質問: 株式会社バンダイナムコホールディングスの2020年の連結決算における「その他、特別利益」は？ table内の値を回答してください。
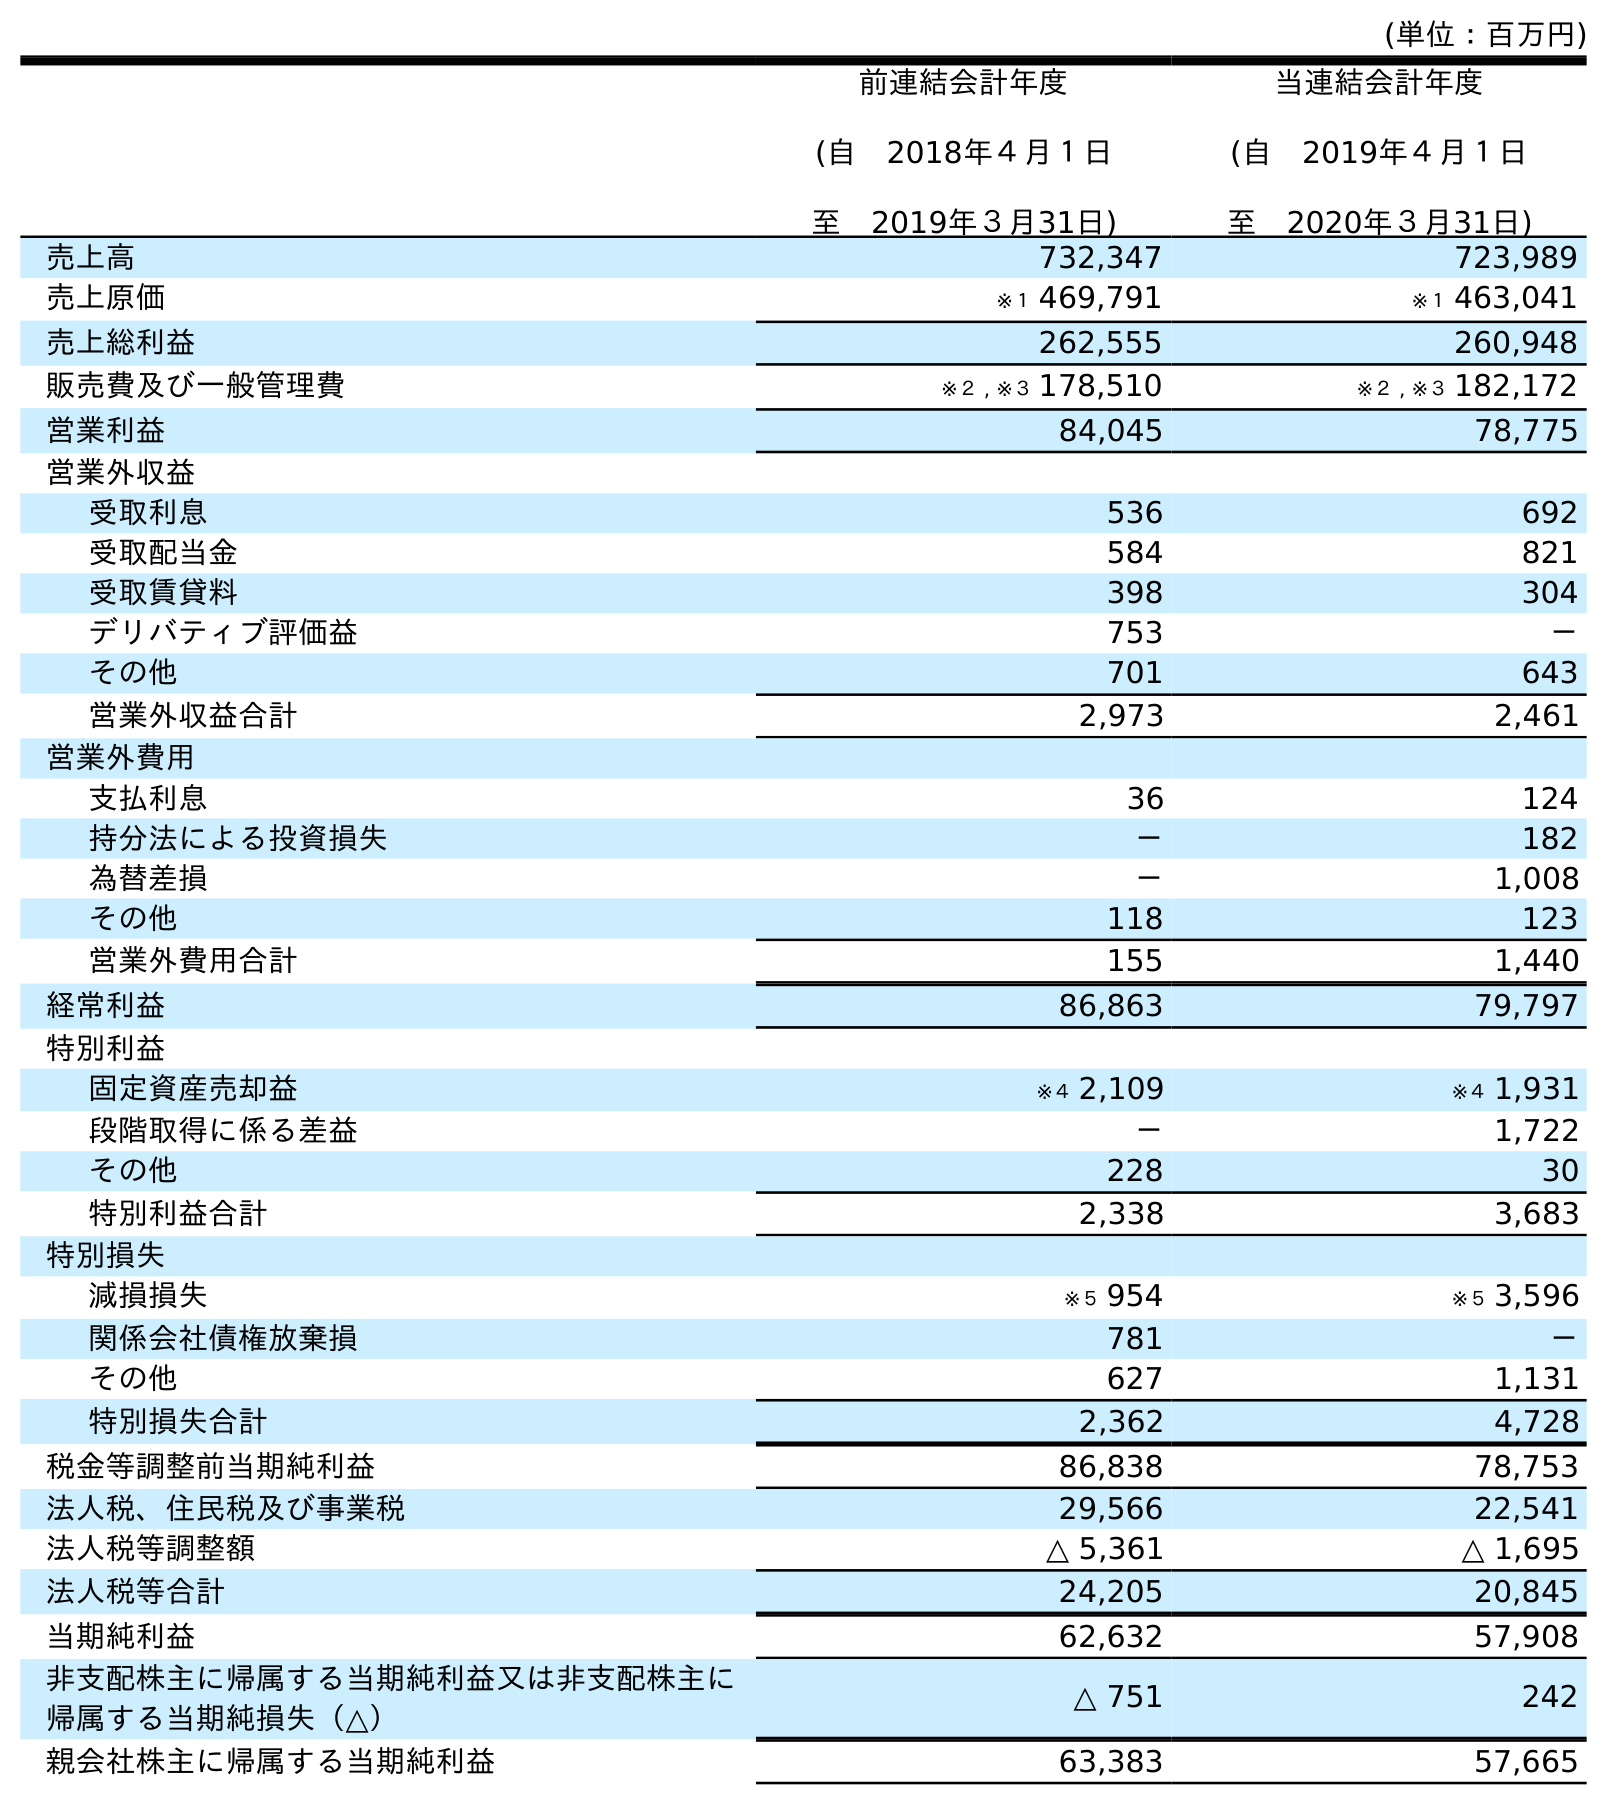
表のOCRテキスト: (単位：百万円) 前連結会計年度 (自 2018年４月１日 至 2019年３月31日) 当連結会計年度 (自 2019年４月１日 至 2020年３月31日) 売上高 732,347 723,989 売上原価 ※１ 469,791 ※１ 463,041 売上総利益 262,555 260,948 販売費及び一般管理費 ※２ , ※３ 178,510 ※２ , ※３ 182,172 営業利益 84,045 78,775 営業外収益 受取利息 536 692 受取配当金 584 821 受取賃貸料 398 304 デリバティブ評価益 753 － その他 701 643 営業外収益合計 2,973 2,461 営業外費用 支払利息 36 124 持分法による投資損失 － 182 為替差損 － 1,008 その他 118 123 営業外費用合計 155 1,440 経常利益 86,863 79,797 特別利益 固定資産売却益 ※４ 2,109 ※４ 1,931 段階取得に係る差益 － 1,722 その他 228 30 特別利益合計 2,338 3,683 特別損失 減損損失 ※５ 954 ※５ 3,596 関係会社債権放棄損 781 － その他 627 1,131 特別損失合計 2,362 4,728 税金等調整前当期純利益 86,838 78,753 法人税、住民税及び事業税 29,566 22,541 法人税等調整額 △ 5,361 △ 1,695 法人税等合計 24,205 20,845 当期純利益 62,632 57,908 非支配株主に帰属する当期純利益又は非支配株主に 帰属する当期純損失（△） △ 751 242 親会社株主に帰属する当期純利益 63,383 57,665
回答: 30